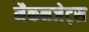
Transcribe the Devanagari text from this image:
मैकनजेट्स